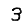
Digit: 3